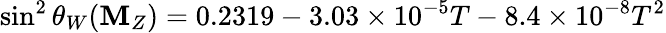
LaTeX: \sin^{2}\theta_{W}(\mathbf{M}_{Z})=0.2319-3.03\times10^{-5}T-8.4\times10^{-8}T^{2}